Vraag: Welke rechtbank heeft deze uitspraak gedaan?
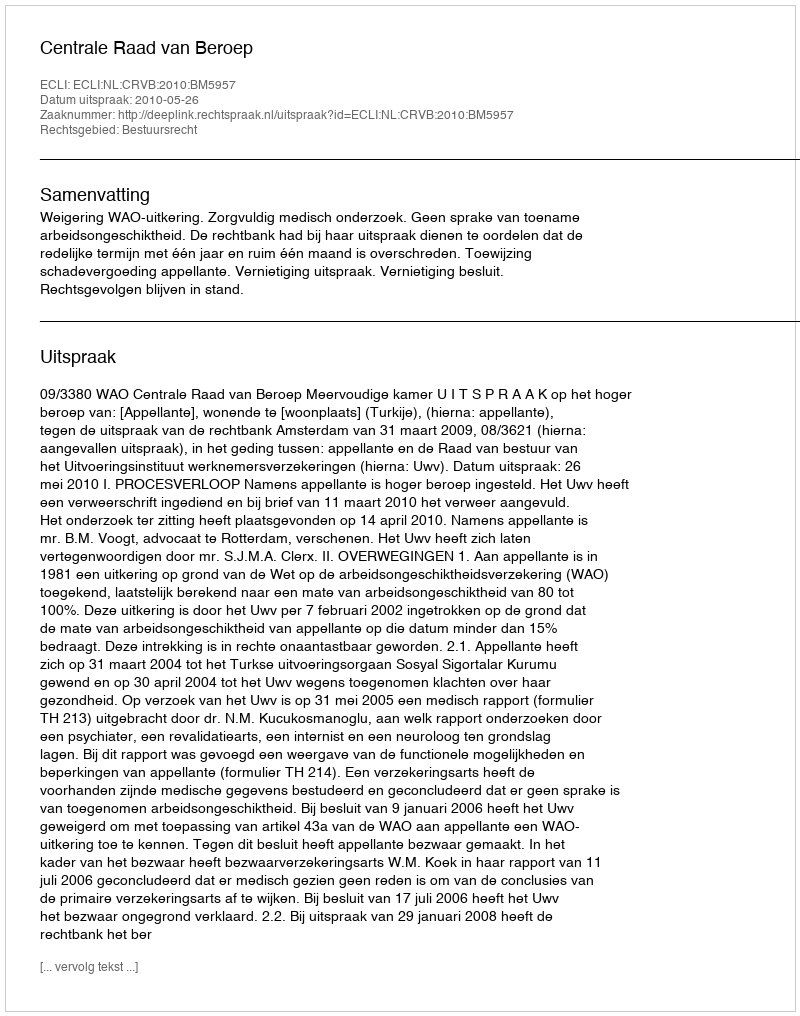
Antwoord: Centrale Raad van Beroep